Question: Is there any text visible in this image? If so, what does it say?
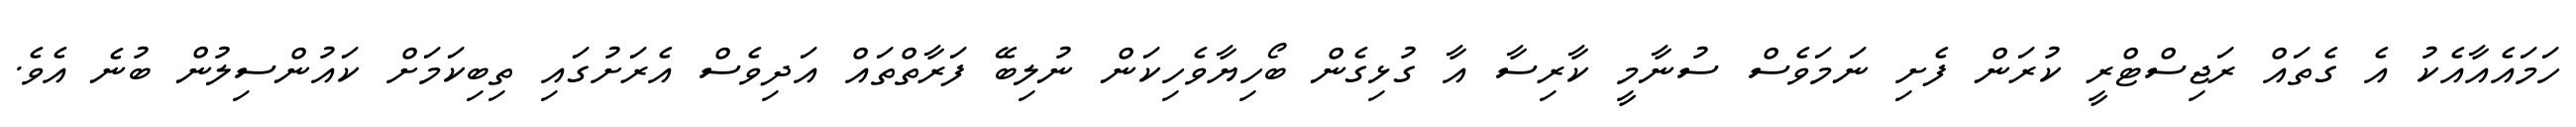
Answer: ހަމައެއާއެކު އެ ގެތައް ރަޖިސްޓްރީ ކުރަން ފެށި ނަމަވެސް ސުނާމީ ކާރިސާ އާ ގުޅިގެން ބޯހިޔާވެހިކަން ނުލިބޭ ފަރާތްތައް އަދިވެސް އެރަށުގައި ތިބިކަމަށް ކައުންސިލުން ބުނެ އެވެ.